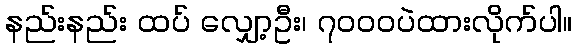
နည်းနည်း ထပ် လျှော့ဦး၊ ၇၀၀၀ပဲထားလိုက်ပါ။